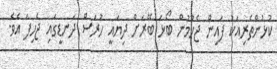
ކުޅުންތެރިއަކު ފައިން ޖެހުމުން ބޯޅަ ބޭރަށް ދިޔައީ ހުރަސް ދަނޑީގައި ޖެހިފަ އެވެ.